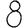
Digit: 8